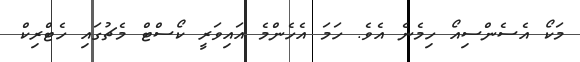
މަކޯ އެސެންސިއޯ ހިމެނެ އެވެ. ހަމަ އެހެންމެ އައިވަރީ ކޯސްޓް މެޗުގައި ހެޓްރިކް